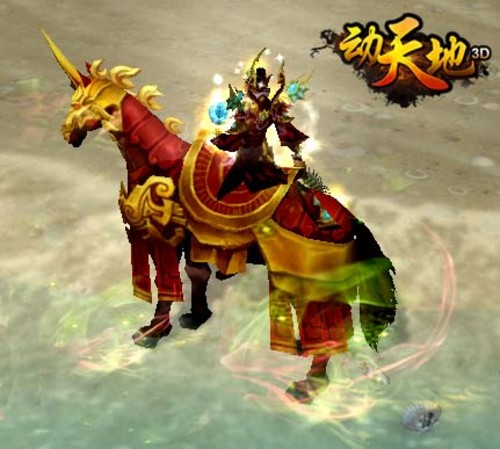
天马徕，龙之媒，游阊阖，观玉台。